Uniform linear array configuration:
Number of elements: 32
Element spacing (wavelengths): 0.75
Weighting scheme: uniform
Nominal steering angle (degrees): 30
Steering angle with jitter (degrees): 31.305
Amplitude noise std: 0.05
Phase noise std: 0.05

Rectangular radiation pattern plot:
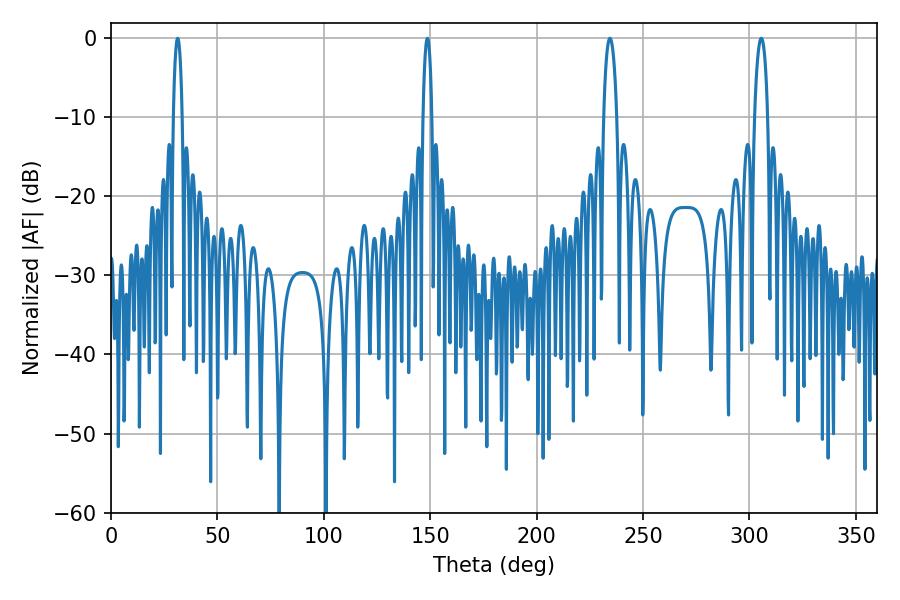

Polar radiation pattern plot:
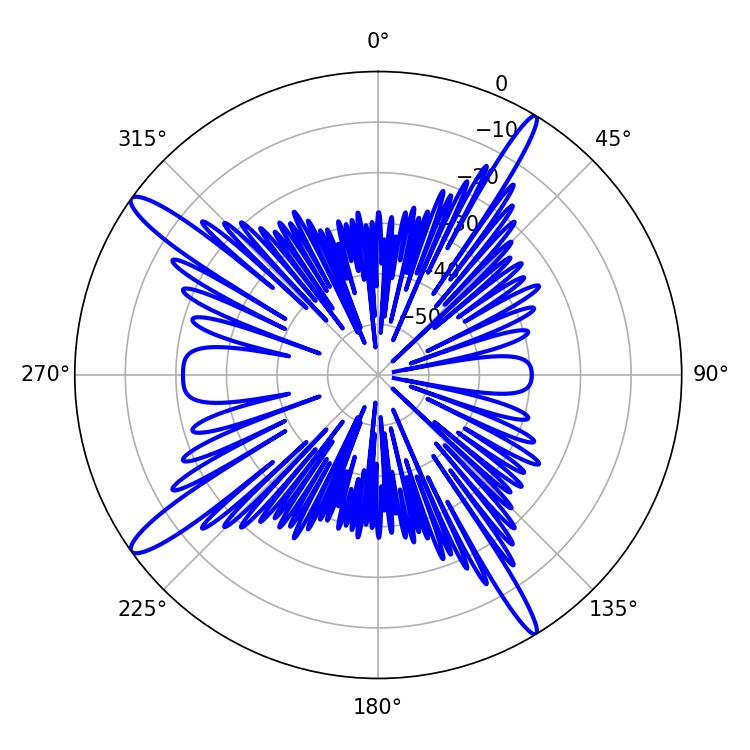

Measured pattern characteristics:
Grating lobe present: TRUE
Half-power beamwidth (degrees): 2.16
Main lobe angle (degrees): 148.68